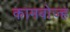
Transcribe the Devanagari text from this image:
कामबोज्ह